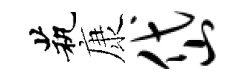
茕康岱